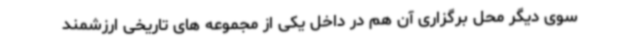
سوی دیگر محل برگزاری آن هم در داخل یکی از مجموعه های تاریخی ارزشمند